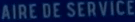
AIREDESERVICES